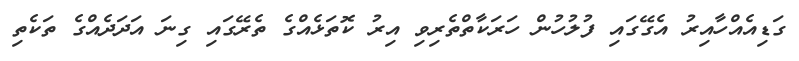
ގަޑިއެއްހާއިރު އެގޭގައި ފުލުހުން ހަރަކާތްތެރިވި އިރު ކޮތަޅެއްގެ ތެރޭގައި ގިނަ އަދަދެއްގެ ތަކެތި